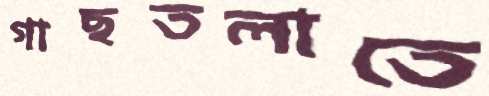
গাছতলাতে